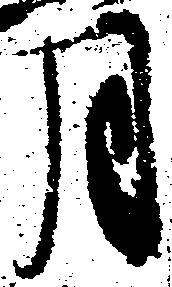
月